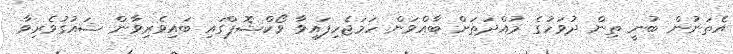
އެތަނުން ބުނީ ތިން ދުވަހުގެ މުއްދަތަށް ބާއްވަން ހަމަޖެހިފައިވާ ވޯކްޝޮޕްގައި ބައިވެރިވާން ޝައުގުވެރިވާ